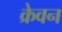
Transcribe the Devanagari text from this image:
क्रेवन